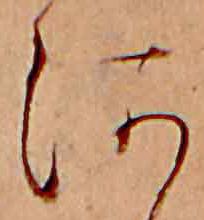
河